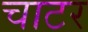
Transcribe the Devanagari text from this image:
चाटर